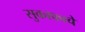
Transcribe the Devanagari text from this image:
सुकाफाचे